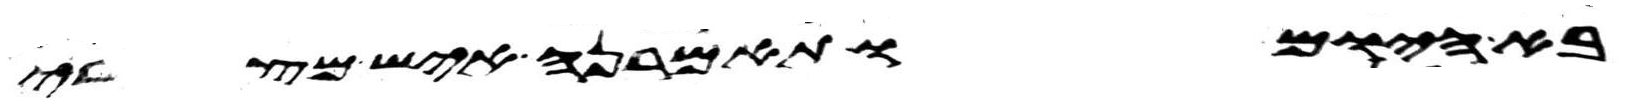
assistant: בא היום ותאמרנה איש מצרי